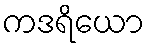
ကဒရိယော